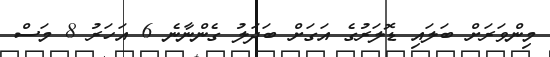
މިންވަރަށް ބަލައި ޑޮލަރުގެ އަގަށް ބަދަލު ގެންނާނެ 6 އަހަރު 8 މަސް